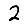
Digit: 2